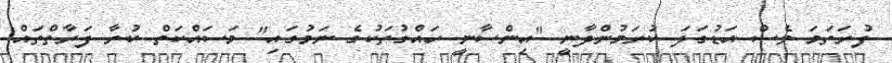
ފުރަތަމަ ވެސް އަޑުގަދަ ކުރަމުންދާނީ "އިންސާނީ ހައްގުތަކުގެ ނަމުގައި" މަސައްކަތް ކުރާ ފަރާތްތައް